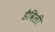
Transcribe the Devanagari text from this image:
डैविली